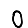
Digit: 0